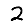
Digit: 2